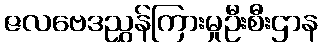
ဇလဗေဒညွှန်ကြားမှုဦးစီးဌာန